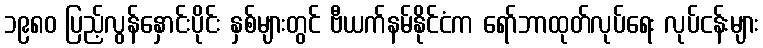
၁၉၈၀ ပြည့်လွန်နှောင်းပိုင်း နှစ်များတွင် ဗီယက်နမ်နိုင်ငံက ရော်ဘာထုတ်လုပ်ရေး လုပ်ငန်းများ